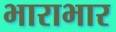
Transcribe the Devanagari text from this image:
भाराभार